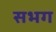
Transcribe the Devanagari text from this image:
सभग